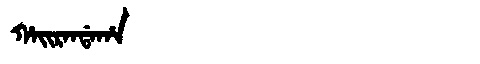
Manchu: ᡥᠠᡳᡵᠠᠨᡩᠠᡥᠠ
Romanization: HAIRANDAHA